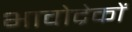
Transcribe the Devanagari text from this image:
भावोद्रेकों